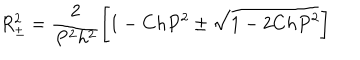
R _ { \pm } ^ { 2 } = \frac { 2 } { P ^ { 2 } h ^ { 2 } } \bigg [ 1 - C h P ^ { 2 } \pm \sqrt { 1 - 2 C h P ^ { 2 } } \bigg ]